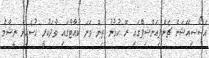
އެސޯސިއޭޝަން ޗެންޕިއަންޝިޕްގައި ރޭ ކުޅުނު ތިން ވަނަ ކުއާޓާގައި ވާދަކުރީ ހުސެއިން ނީޝާމް